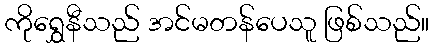
ကိုရွှေနီသည် အင်မတန်ပေသူ ဖြစ်သည်။